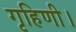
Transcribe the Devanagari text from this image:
गृहिणी।